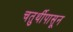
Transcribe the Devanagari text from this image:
चतुर्थीपासून